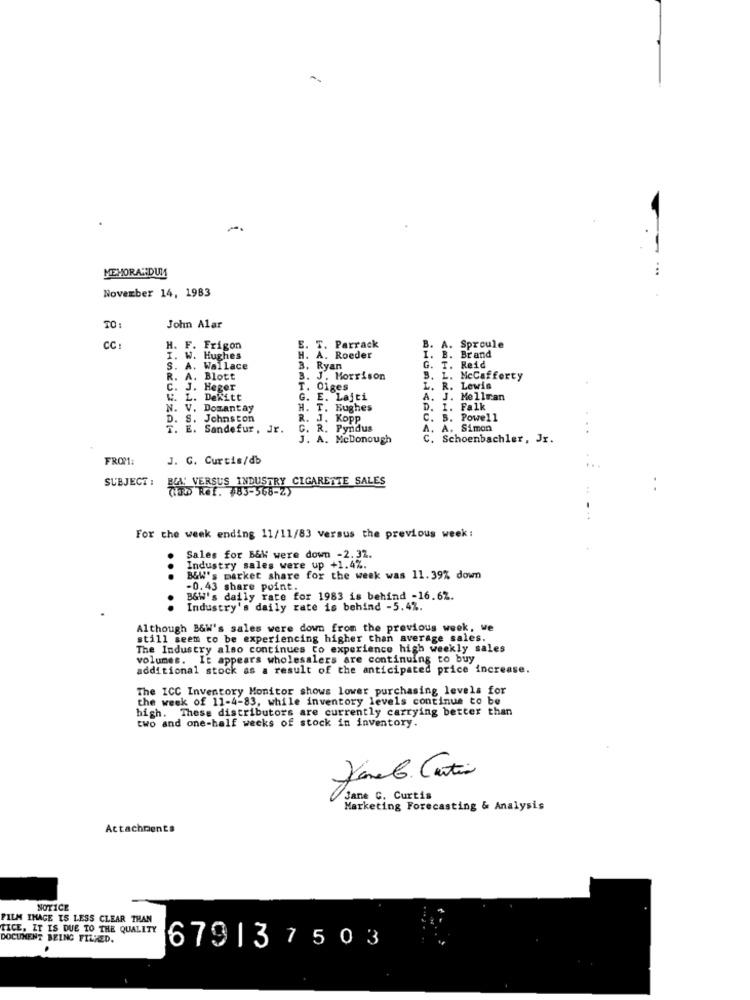
MEMORANDUM
November 14, 1983
TO:
John Alar
CC:
H. F. Frigon
E. T. Parrack
B. A. Sproule
I. W. Hughes
. A. Roeder
I.
B. Brand
S. A. Wallace
3. Ryan
G. T. Reid
R. A. Blott
. J. Morrison
L. McCafferty
C. J. Heger
T. 01ges
L.
R. Lewis
W. L. Dekitt
. E. Lajti
A. J. Mellran
A.
N. V. Dozantay
H. T. Hughes
D.
1.
Falk
D. S. Johnston
R. J. KOPP
5. Powell
T. E. Sandefur, Jr
G. R. Pyndus
A.
A. Simon
. A. Mcdonough
C. Schoenbachler, Jr.
FROM:
J. G. Curtis/db
SUBJECT :
RCA VERSUS INDUSTRY CIGARETTE SALES
Ref. 783-568-2)
For the week ending 11/11/83 versus the previous week :
. Sales for B&W were down -2.32.
Industry sales were up +1.4%.
B&W's market share for the week was 11.39% down
-0.43 share point.
B&W's daily rate for 1983 is behind -16.62.
..
Industry's daily rate is behind -5.4%.
Although B&W's sales were down from the previous week, we
still seem to be experiencing higher than average sales.
The Industry also continues Co experience high weekly sales
volumes. It appears wholesalers are continuing to buy
additional stock as a result of the anticipated price increase.
The ICC Inventory Monitor shows lower purchasing levels for
the week of 11-4-83, while inventory levels continue to be
high. These distributors are currently carrying better than
two and one-half weeks of stock in inventory.
Jane C. Curtis
Marketing Forecasting & Analysis
Attachments
NOTICE
FILM IMAGE IS LESS CLEAR THAN
TICE, IT IS DUE TO THE QUALITY
DOCUMENT BEING FILLED.
679137503